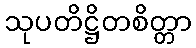
သုပတိဋ္ဌိတစိတ္တာ